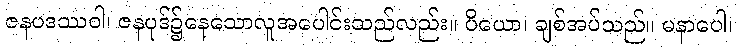
ဇနပဒဿဝါ၊ ဇနပုဒ်၌နေသောလူအပေါင်းသည်လည်း။ ပိယော၊ ချစ်အပ်သည်။ မနာပေါ၊